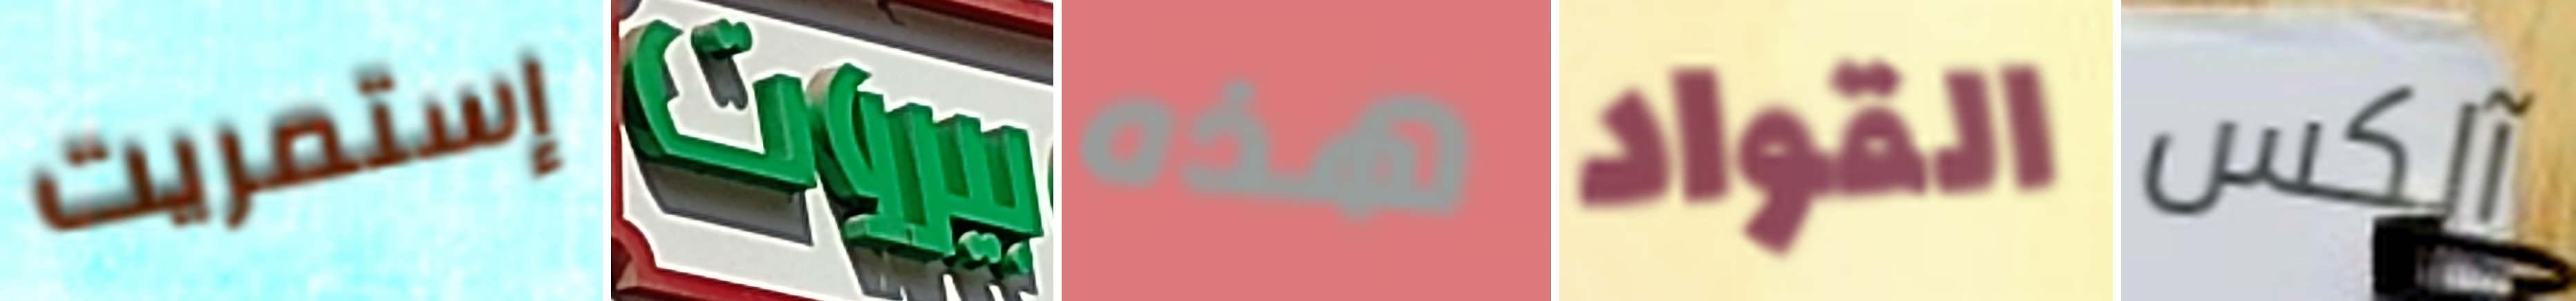
إستمريت بيروت هذه القواد آلكس